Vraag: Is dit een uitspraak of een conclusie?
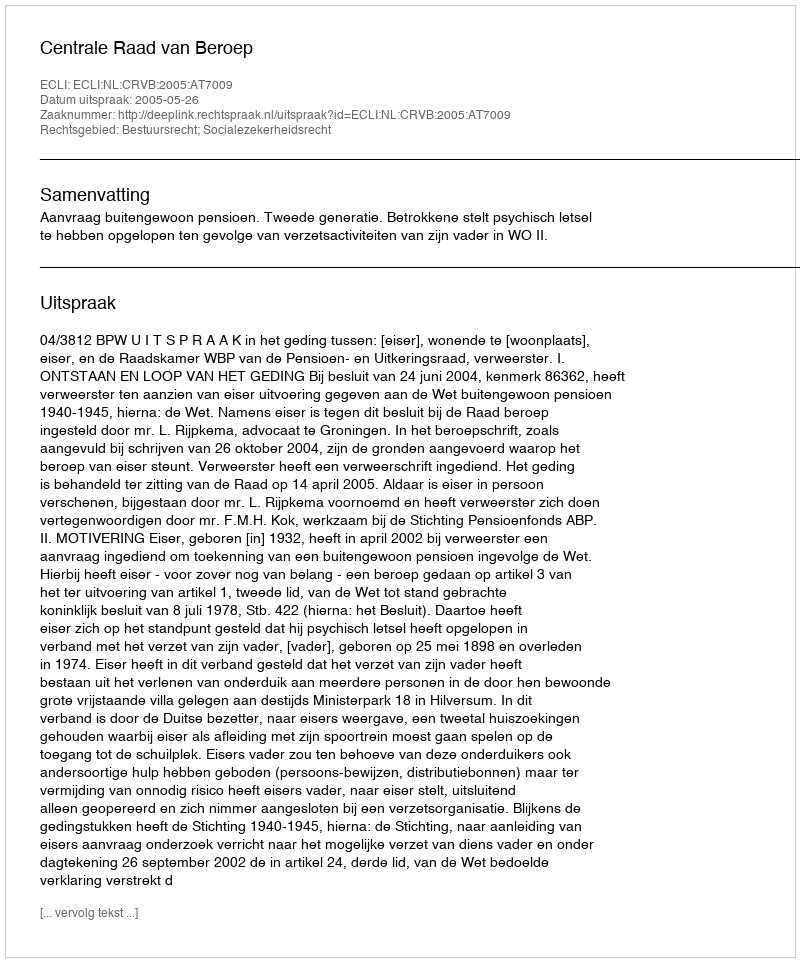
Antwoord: Uitspraak